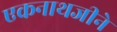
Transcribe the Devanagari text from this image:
एकनाथजीने